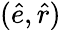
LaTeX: (\hat{e},\hat{r})